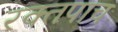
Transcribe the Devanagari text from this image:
रक्तपाच